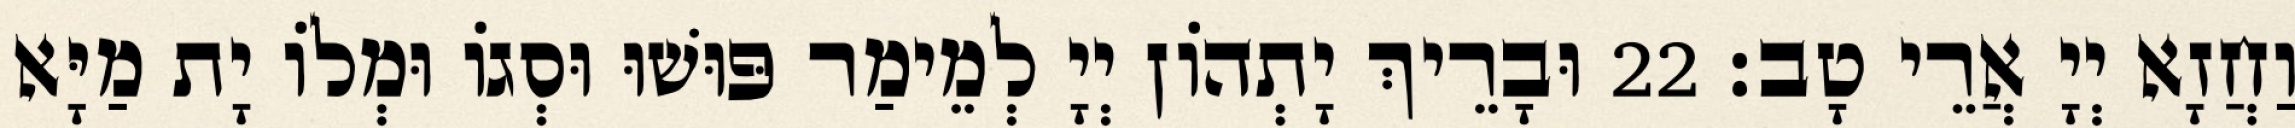
וַחֲזָא יְיָ אֲרֵי טָב׃ 22 וּבָרֵיךְ יָתְהוֹן יְיָ לְמֵימַר פּוּשׁוּ וּסְגוֹ וּמְלוֹ יָת מַיָּא